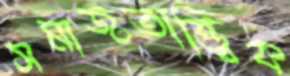
সমাজতাত্ত্বিক